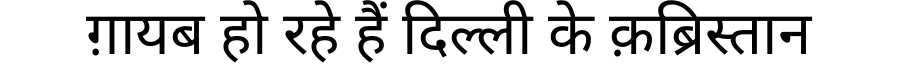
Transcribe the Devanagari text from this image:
ग़ायब हो रहे हैं दिल्ली के क़ब्रिस्तान